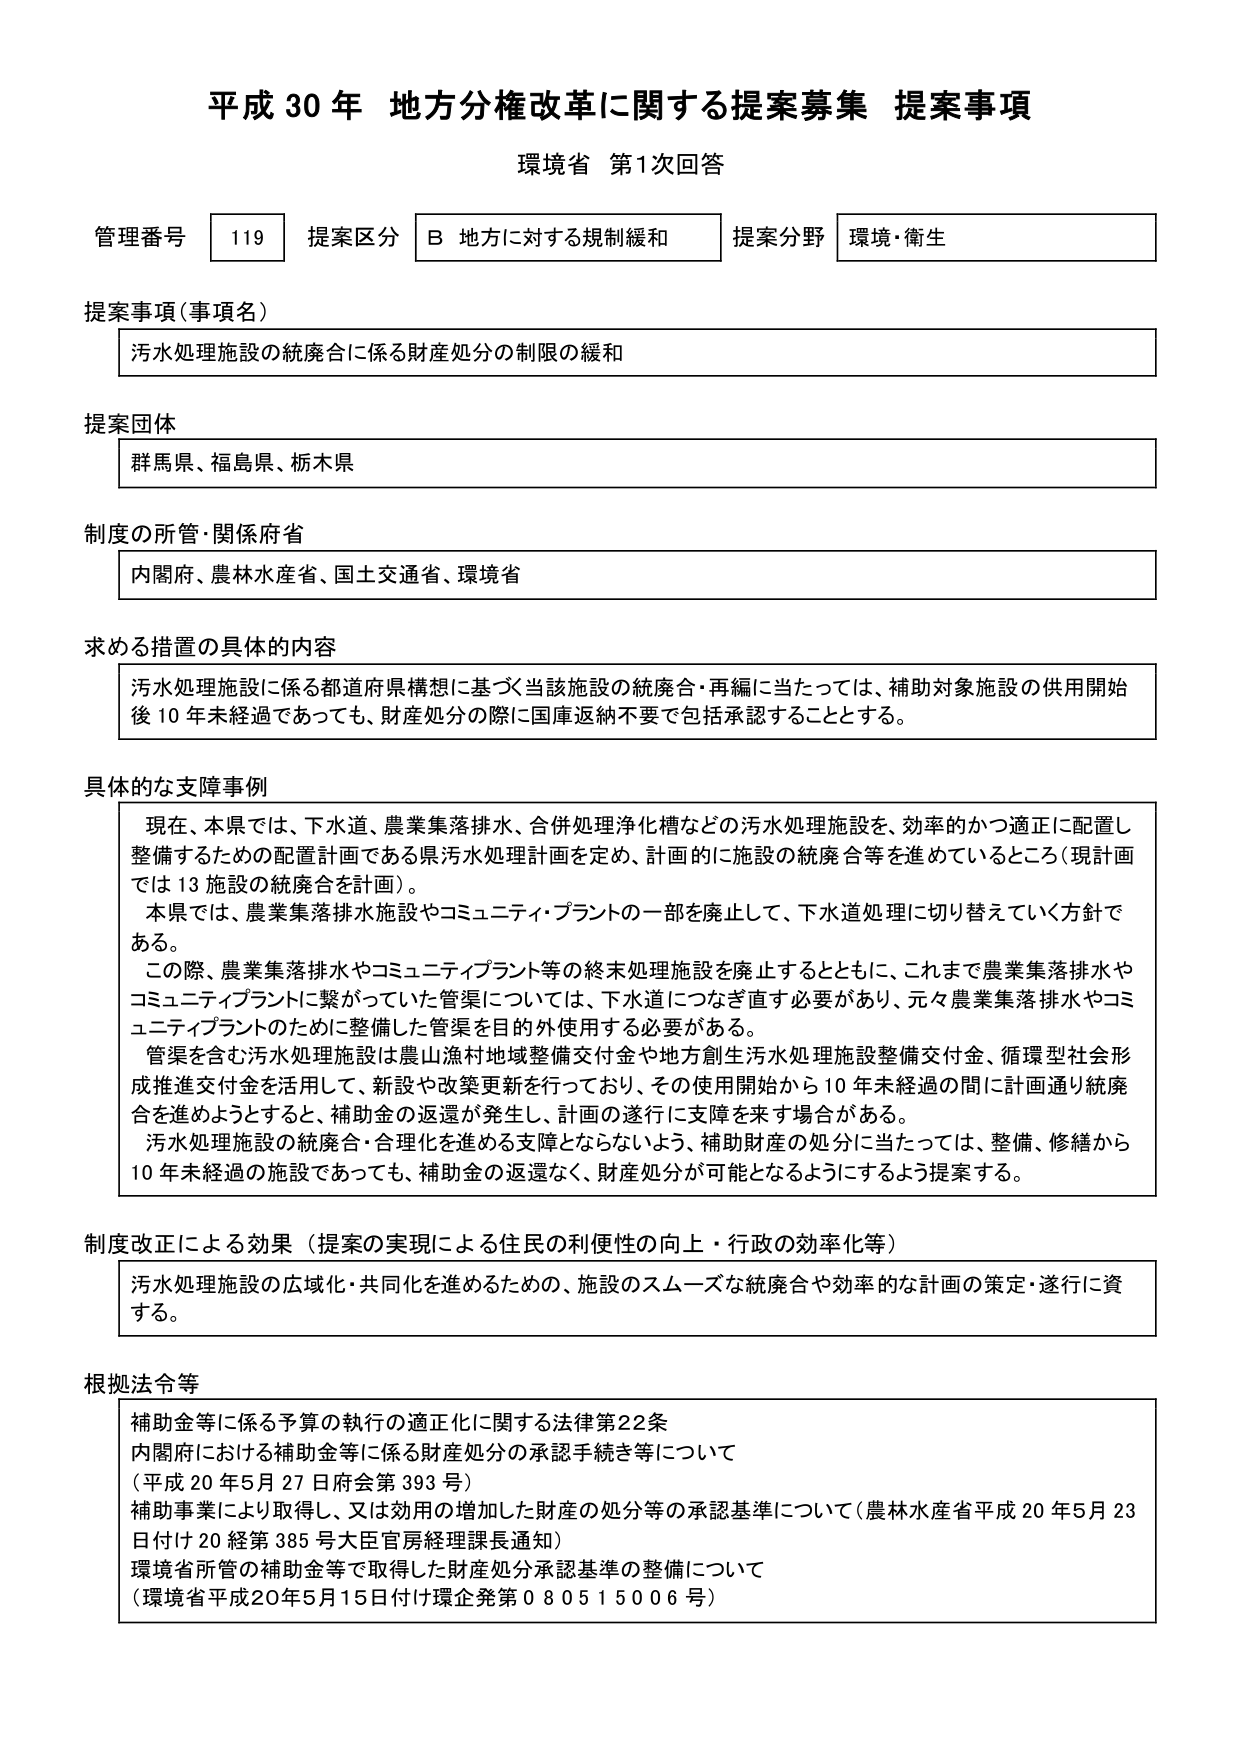
平成30年 地方分権改革に関する提案募集 提案事項
環境省 第1次回答

管理番号 119 提案区分 B 地方に対する規制緩和 提案分野 環境・衛生

提案事項（事項名）
汚水処理施設の統廃合に係る財産処分の制限の緩和

提案団体
群馬県、福島県、栃木県

制度の所管・関係府省
内閣府、農林水産省、国土交通省、環境省

求める措置の具体的内容
汚水処理施設に係る都道府県構想に基づく当該施設の統廃合・再編に当たっては、補助対象施設の供用開始後10年未経過であっても、財産処分の際に国庫返納不要で包括承認することとする。

具体的な支障事例
現在、本県では、下水道、農業集落排水、合併処理浄化槽などの汚水処理施設を、効率的かつ適正に配置し整備するための配置計画である県汚水処理計画を定め、計画的に施設の統廃合等を進めているところ（現計画では13施設の統廃合を計画）。
本県では、農業集落排水施設やコミュニティ・プラントの一部を廃止して、下水道処理に切り替えていく方針である。
この際、農業集落排水やコミュニティプラント等の終末処理施設を廃止するとともに、これまで農業集落排水やコミュニティプラントに繋がっていた管渠については、下水道につなぎ直す必要があり、元々農業集落排水やコミュニティプラントのために整備した管渠を目的外使用する必要がある。
管渠を含む汚水処理施設は農山漁村地域整備交付金や地方創生活水処理施設整備交付金、循環型社会形成推進交付金を活用して、新設や改築更新を行っており、その使用開始から10年未経過の間に計画通り統廃合を進めようとするとき、補助金の返還が発生し、計画の遂行に支障を来す場合がある。
汚水処理施設の統廃合・合理化を進める支障とならないよう、補助財産の処分に当たっては、整備、修繕から10年未経過の施設であっても、補助金の返還なく、財産処分が可能となるようにするよう提案する。

制度改正による効果（提案の実現による住民の利便性の向上・行政の効率化等）
汚水処理施設の広域化・共同化を進めるための、施設のスムーズな統廃合や効率的な計画の策定・遂行に資する。

根拠法令等
補助金等に係る予算の執行の適正化に関する法律第22条
内閣府における補助金等に係る財産処分の承認手続き等について
（平成20年5月27日府会第393号）
補助事業により取得し、又は効用の増加した財産の処分等の承認基準について（農林水産省平成20年5月23日付け20経第385号大臣官房経理課長通知）
環境省所管の補助金等で取得した財産処分承認基準の整備について
（環境省平成20年5月15日付け環企発第080515006号）